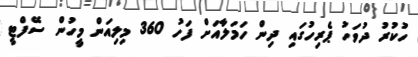
ހުކުރު ދުވަހު ޕެރިހުގައި ދިން ހަމަލާއަށް ފަހު 360 މިލިއަން މީހުން ސޭފްޓީ